Vaccination in the Punjab 1919-1929 - 1919-1929
Year: 1919
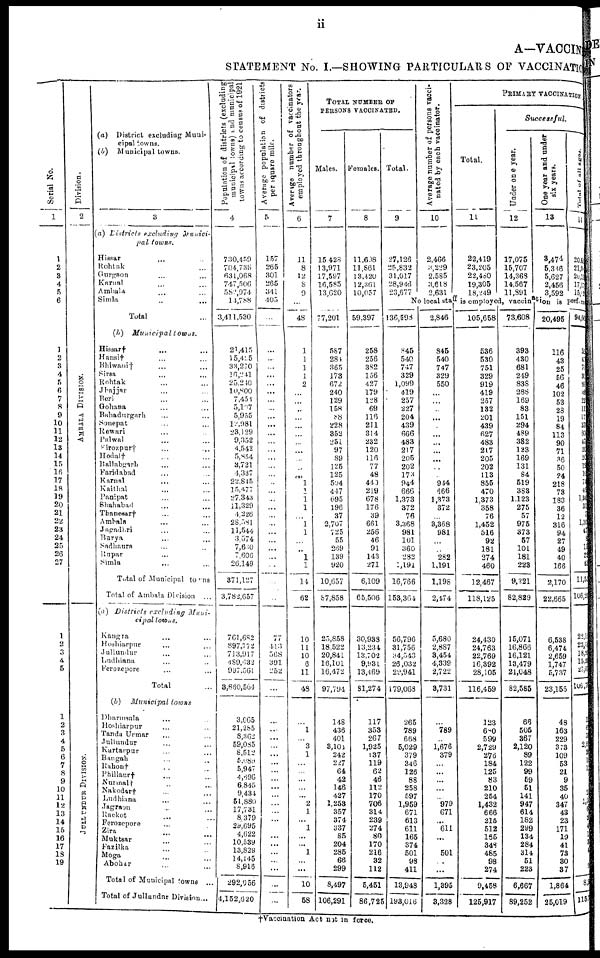
ii
A—VACCINE
STATEMENT No. I.—SHOWING PARTICULARS OF VACCINATIO
Serial No.
1
1
2
3
4
5
6
1
2
3
4
5
6
7
8
9
10
11
12
13
14
15
16
17
18
19
20
21
22
23
24
25
26
27
1
2
3
4
5
1
2
3
4
5
6
7
8
9
10
11
12 13
14
15
16
17
18
19
Division.
2
AMBALA DIVISION.
JULLUNDUR DIVISION.
(a) District excluding Muni-
cipal towns.
(b) Municipal towns.
3
(a) Districts excluding
Munici-
pal
towns.
Hissar ... ...
Rohtak ... ...
Gurgaon ... ...
Karnal ... ...
Ambala ... ...
Simla ... ...
Total ...
(b) Municipal
towns.
Hissar† ... ...
Hansi† ... ...
Bhiwani† ... ...
Sirsa ... ...
Rohtak ... ...
Jhajjar ... ...
Beri ... ...
Gohana ... ...
Bahadurgarh ... ...
Sonepat ... ...
Rewari ... ...
Palwal ... ...
Firozpur† ... ...
Hodal† ... ...
Ballabgarh ... ...
Faridabad ... ...
Karnal ... ...
Kaithal ... ...
Panipat ... ...
Shahabad ... ...
Thanesar† ... ...
Ambala ... ...
Jagadhri ... ...
Burya ... ...
Sadhaura ... ...
Rupar ... ...
Simla ... ...
Total of Municipal towns ...
Total of Ambala Division ...
(a) Districts
excluding
Muni-
cipal towns.
Kangra ... ...
Hoshiarpur ... ...
Jullundur ... ...
Ludhiana ... ...
Ferozepore ... ...
Total ...
(b) Municipal towns
Dharmsala ... ...
Hoshiarpur ... ...
Tanda Urmar ... ...
Jullundur ... ...
Kartarpur ... ...
Bangah ... ...
Rahon† ... ...
Phillaur† ... ...
Nurmal† ... ...
Nakodar† ... ...
Ludhiana ... ...
Jagraon ... ...
Raekot ... ...
Ferozepore ... ...
Zira ... ...
Muktsar ... ...
Fazilka ... ...
Moga ... ...
Abohar ... ...
Total of Municipal towns ...
Total of Jullundur Division ...
Population of districts (excluding
municipal towns) and municipal
towns according to census of 1921
4
730,459
704,735
631,068
747,506
582,974
14,788
3,411,530
21,415
15,425
33,270
16,241
25,240
10,800
7,454
5,107
5,955
12,981
23,129
9,352
4,542
5,854
3,721
4,337
22,845
15,477
27,343
11,329
4,226
28,581
11,544
3,574
7,630
7,606
26,149
371,127
3,782,657
761,682
897,772
713,917
489,632
997,561
3,860,564
3,065
21,285
8,362
59,085
8,512
5,089
5,947
4,696
6,845
9,434
51,880
17,731
8,379
29,695
4,622
10,539
13,829
14,145
8,916
292,056
4,152,620
Average p o p u l a t i o n of districts
per square mile.
5
157
265
301
265
341
405
...
...
...
...
...
...
...
...
...
...
...
...
...
...
...
...
...
...
...
...
...
...
...
...
...
...
...
...
...
...
77
413
568
391
252
...
...
...
...
...
...
...
...
...
...
...
...
...
...
...
...
...
...
...
...
...
...
Average
number
employed throughout the year.
6
11
8
12
8
9
...
48
1
1
1
1
2
...
...
...
...
...
...
...
...
...
...
...
1
1
1
1
...
1
1
...
...
1
1
14
62
10
11
10
6
11
48
...
1
...
3
1
...
...
...
...
...
2
1
...
1
...
...
1
...
...
10
58
TOTAL NUMBER OF
PERSONS VACCINATED.
Males.
7
15,428
13,971
17,597
16,585
13,620
77,201
587
284
365
173
672
240
129
158
88
228
352
251
97
89
125
125
504
447
695
196
37
2,707
725
55
269
139
920
10,657
87,858
25,858
18,522
20,841
16,101
16,472
97,794
148
436
401
3,104
242
227
64
42
146
427
1,253
357
374
337
85
204
285
66
299
8,497
106,291
Females.
8
11,608
11,861
13,420
12,361
10,057
59,397
258
256
382
156
427
179
128
69
116
211
314
232
120
116
77
48
440
219
678
176
39
661
256
46
91
143
271
6,109
65,506
30,938
13,234
13,702
9,931
13,469
81,274
117
353
267
1,925
137
119
62
46
112
170
706
314
239
274
80
170
216
32
112
5,451
86,725
Total.
9
27,126
25,832
31,017
28,946
23,677
Average number of persons vacci-
nated by each vaccinator.
10
2,466
3,229
2,585
3,618
2,631
PRIMARY VACCINATION
Total.
11
22,419
23,205
22,480
19,305
18,249
Successful.
Under one year.
12
17,075
15,707
14,368
14,567
11,891
One year and under
six years.
13
3,474
5,346
5,627
2,456
3,592
Total of all ages.
14
20,63
21, 04
20,18
17,17
15,12
No local staff is employed, vaccination is perform
136,598
845
540
747
329
1,099
419
257
227
204
439
666
483
217
205
202
173
944
666
1,373
372
76
3,368
981
101
360
282
1,191
16,766
153,364
56,796
31,756
34,543
26,032
29,941
179,068
265
789
668
5,029
379
346
126
88
258
597
1,959
671
613
611
165
374
501
98
411
13,948
193,016
2,846
845
540
747
329
550
...
...
...
...
...
...
...
...
...
...
...
944
666
1,373
372
...
3,368
981
...
...
282
1,191
1,198
2,474
5,680
2,887
3,454
4,339
2,722
3,731
789
1,676
379
...
...
...
...
...
979
671
...
611
...
...
501
...
...
1,395
3,328
105,658
536
530
751
329
919
419
257
132
201
439
627
483
217
205
202
113
855
470
1,373
358
76
1,452
516
92
181
274
460
12,467
118,125
24,430
24,763
22,769
16,392
28,105
116,459
123
680
599
2,729
276
184
125
83
210
254
1,432
666
215
512
165
348
485
98
274
9,458
125,917
73,608
393
430
681
249
838
288
169
83
151
294
489
382
123
169
131
84
519
383
1,123
275
57
975
373
57
101
181
223
9,221
82,829
15,071
16,866
16,121
13,479
21,048
82,585
66
505
367
2,120
89
122
99
59
51
141
947
614
182
299
134
284
314
51
223
6,667
89,252
20,495
116
43
25
56
46
102
53
28
19
84
113
90
71
36
50
24
218
73
183
36
12
316
94
27
49
40
166
2,170
22,665
6,538
6,474
2,659
1,747
5,737
23,155
48
163
229
373
109
53
21
9
35
40
347
43
23
171
19
41
73
30
37
1,864
25,019
94,66
59
47
70
36
89
39
22
11
17
37
60
47
20
20
19
10
74 46
1,30
31
7
1,30 47
1
1
2
4
11,5
106,2
22,1
23,3
18,8
15,2
27,0
106,7
1
6
5
2, 6
2
1
1
2
1, 3
6
2
4
1
3
4
...
2
8, 9
115.
†Vaccination Act not in force.